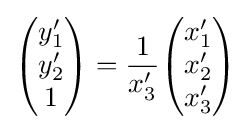
{\begin{pmatrix}y'_{1}\\y'_{2}\\1\end{pmatrix}}={\frac {1}{x'_{3}}}{\begin{pmatrix}x'_{1}\\x'_{2}\\x'_{3}\end{pmatrix}}